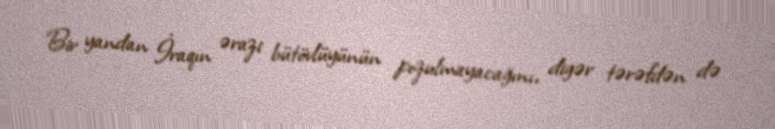
Bir yandan İraqın ərazi bütövlüyünün pozulmayacağını, digər tərəfdən də